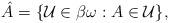
LaTeX: \begin{align*}\hat{A} = \{\mathcal U\in\beta\omega:A\in\mathcal U\},\end{align*}